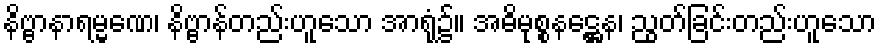
နိဗ္ဗာနာရမ္မဏေ၊ နိဗ္ဗာန်တည်းဟူသော အာရုံ၌။ အဓိမုစ္စနဋ္ဌေန၊ ညွတ်ခြင်းတည်းဟူသော